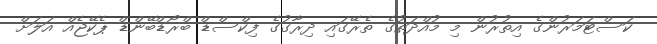
ކަސްޓަމަރުންގެ އިތުރުން މި މުއްދަތުގެ ތެރޭގައި ދިރާގުގެ ފިކްސްޑް ބްރޯޑްބޭންޑް ޕެކޭޖެއް އަލަށް